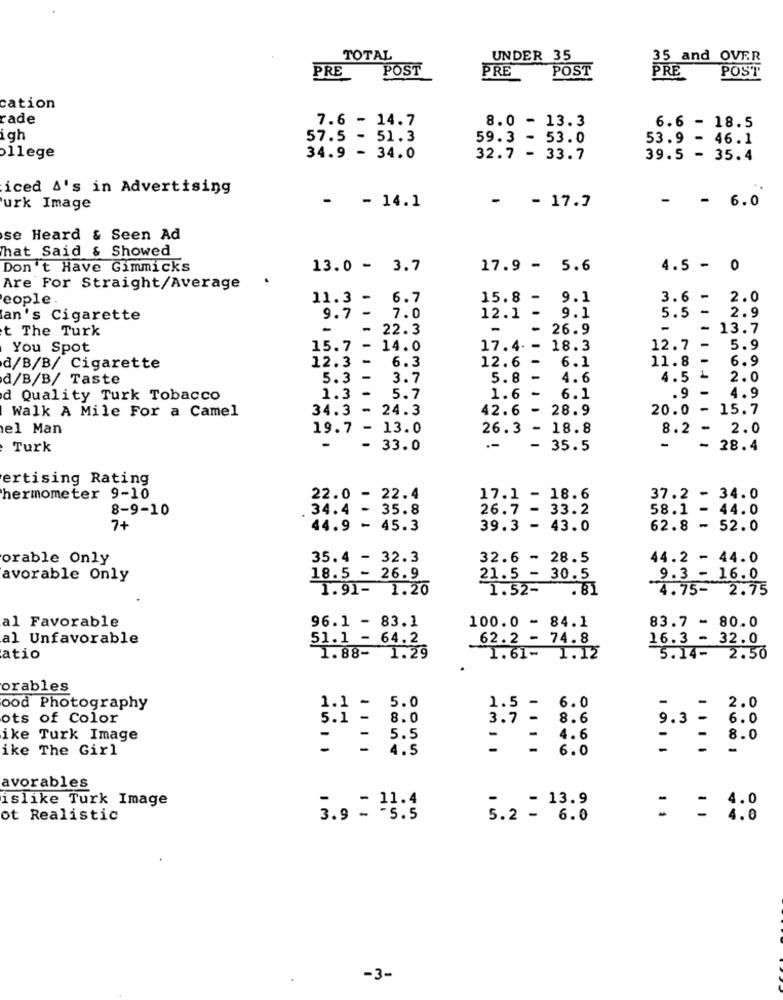
TOTAL
UNDER 35
35 and OVER
POST
PRE
POST
PRE
POST
PRE
cation
rade
7.6 - 14.7
8.0 - 13.3
6.6 - 18.5
igh
57.5 - 51.3
59.3 - 53.0
53.9 - 46.1
ollege
34.9 - 34.0
32.7 - 33.7
39.5 - 35.4
iced A's in Advertising
-
-
-
-
urk Image
- 14.1
- 17.7
6.0
se Heard & Seen Ad
That Said & Showed
Don't Have Gimmicks
13.0 - 3.7
17.9 - 5.6
4.5 - 0
Are For Straight/Average
eople.
11.3 - 6.7
15.8 -
9.1
3.6 - 2.0
lan's Cigarette
9.7 - 7.0
12.1
9.1
5.5 - 2.9
t The Turk
-
- 22.3
-
26.9
-
- 13.7
You Spot
15.7 - 14.0
17.4. - 18.3
12.7 -
5.9
12.6
6.1
11.8
6.9
d/B/B/ Cigarette
12.3 -
6.3
d/B/B/ Taste
5.3 -
3.7
5.8
4.6
4.5 L
2.0
4.9
d Quality Turk Tobacco
1.3 -
5.7
1.6
6.1
.9
-
Walk A Mile For a Camel
34.3 - 24.3
42.6
-
28.9
20.0 - 15.7
el Man
19.7 - 13.0
26.3
- 18.8
8.2 -
2.0
Turk
-
- 33.0
--
- 35.5
-
- 28.4
ertising Rating
hermometer 9-10
22.0 - 22.4
17.1 - 18.6
37.2 - 34.0
8-9-10
34.4 -
26.7 - 33.2
58.1 - 44.0
7+
44.9 - 45.3
39.3 - 43.0
62.8 - 52.0
orable Only
35.4 - 32.3
32.6 - 28.5
44.2 - 44.0
avorable Only
18.5 - 26.9
21.5 - 30.5
9.3 - 16.0
1.91- 1.20
1.52- . 81
4.75- 2.75
al Favorable
96.1 - 83.1
100.0 - 84.1
83.7 - 80.0
al Unfavorable
51.1 - 64.2
62.2 - 74.8
16.3 - 32.0
atio
1.88- 1.29
1.61- 1.12
5.14- 2.50
orables
ood Photography
1.1 - 5.0
1.5 - 6.0
-
-
2.0
ots of Color
3.7 - 8.6
5.1 - 8.0
ike Turk Image
-
- 4.6
ike The Girl
- 4.5
-
-
-
8 1
- 6.0
avorables
islike Turk Image
- 13.9
4.0
ot Realistic
3.9 = 23:4
5.2 - 6.0
= = 4.0
-3-